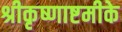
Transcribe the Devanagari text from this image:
श्रीकृष्णाष्टमीके